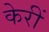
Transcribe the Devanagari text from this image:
केरीं